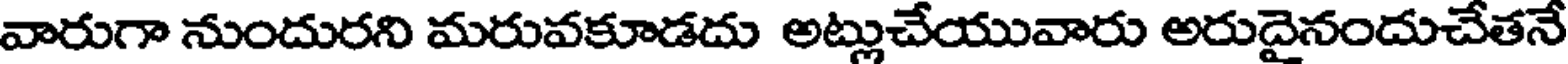
వారుగా నుందురని మరువకూడదు అట్లుచేయువారు అరుదైనందుచేతనే